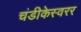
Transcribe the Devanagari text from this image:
चंडीकेस्वरर